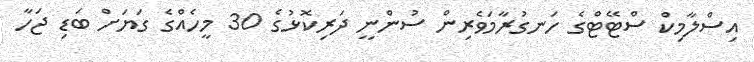
އިސްލާމިކް ސްޓޭޓްގެ ހަނގުރާމަވެރިން ސުންނީ ދަރިކޮޅުގެ 30 މީހެއްގެ ގަޔަށް ބަޑި ޖަހާ